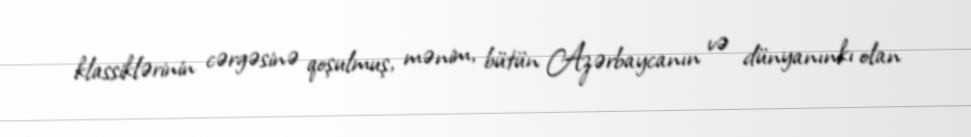
klassiklərinin cərgəsinə qoşulmuş, mənim, bütün Azərbaycanın və dünyanınkı olan